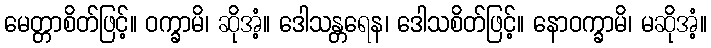
မေတ္တာစိတ်ဖြင့်။ ဝက္ခာမိ၊ ဆိုအံ့။ ဒေါသန္တရေန၊ ဒေါသစိတ်ဖြင့်။ နောဝက္ခာမိ၊ မဆိုအံ့။